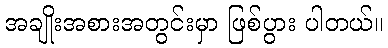
အချိုးအစားအတွင်းမှာ ဖြစ်ပွား ပါတယ်။